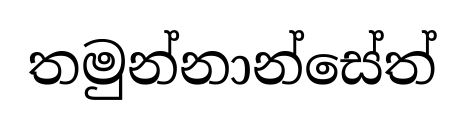
තමුන්නාන්සේත්